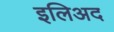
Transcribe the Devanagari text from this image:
इलिअद